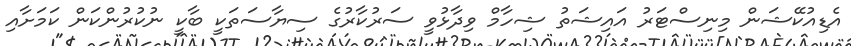
އެޑިއުކޭޝަން މިނިސްޓަރު އައިޝަތު ޝިހާމް ވިދާޅުވީ ސަރުކާރުގެ ސިޔާސަތަކީ ބާކީ ނުކުރުންކަން ކަމަށާއި